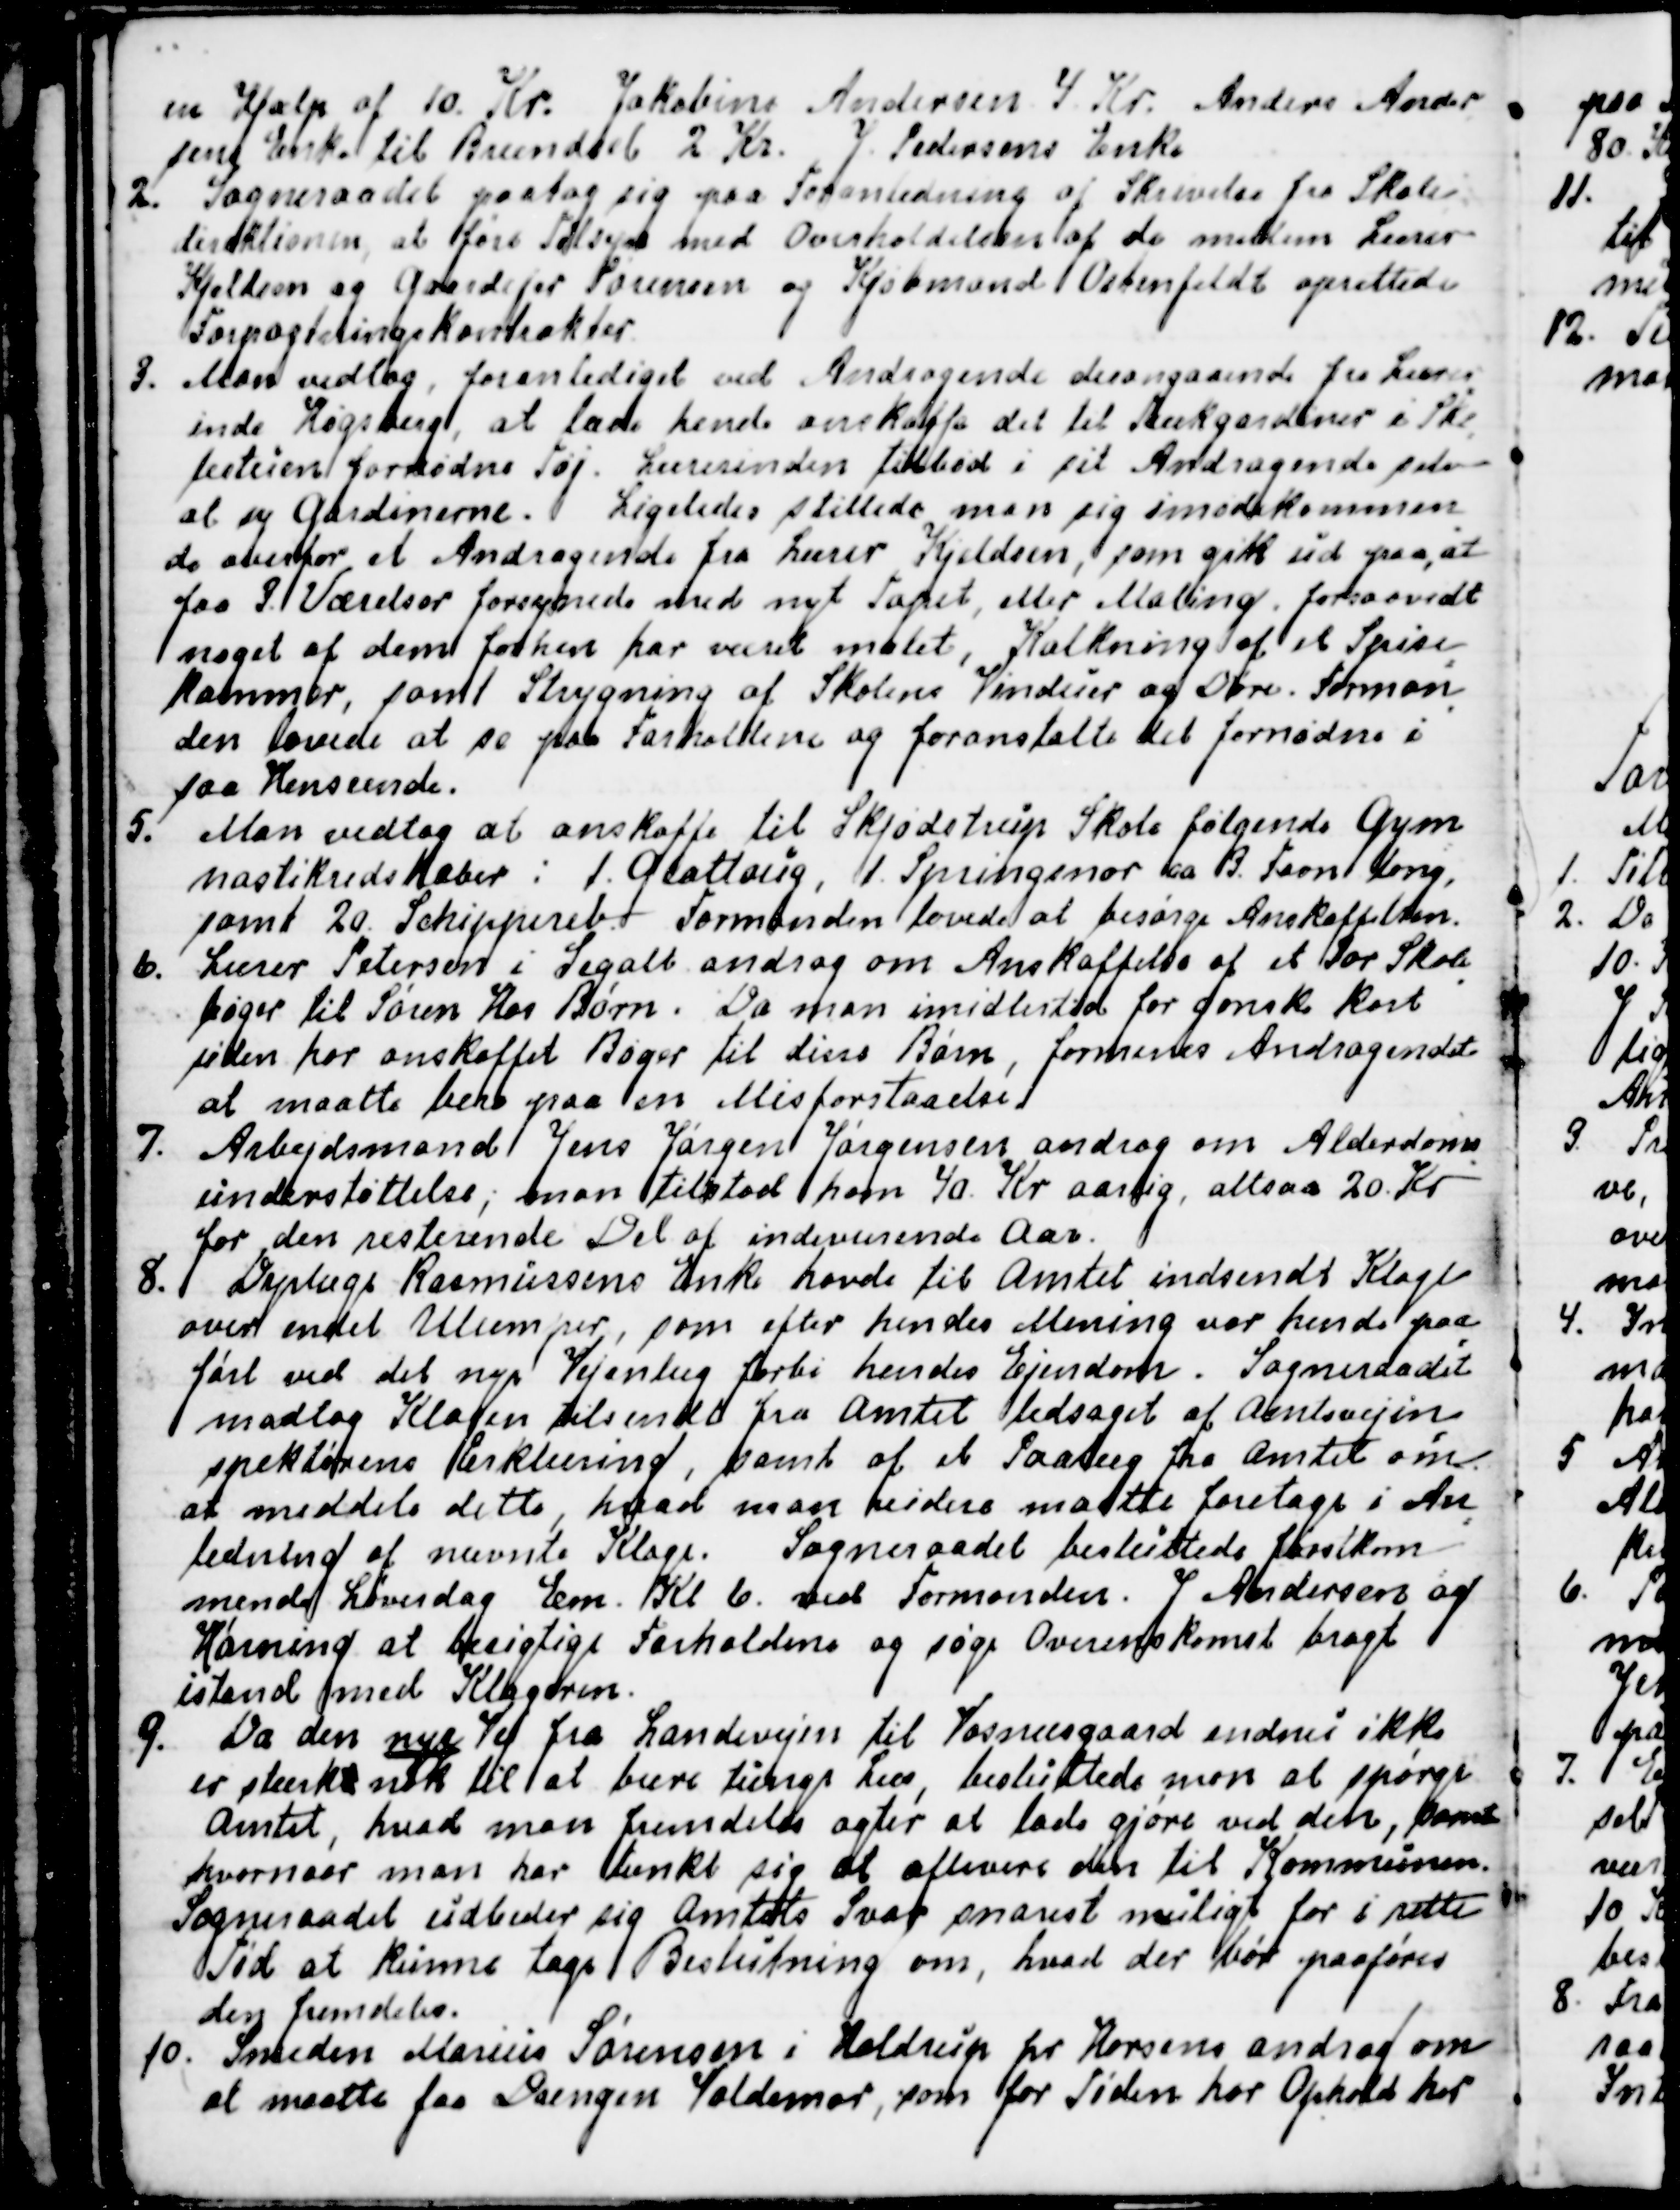
Transskription:
en Hjælp af 10. Kr. Jakobine Andersen 4. Kr. Anders Ander
-
sens Enke til Brændsel 2 Kr. J. Pedersens Enke
2. Sogneraadet paatog sig paa Foranledning af Skrivelse fra Skole
-
direktionen, at føre Tilsyn med Overholdelsen af de mellem Lærer
Kjeldsen og Gaardejer Sørensen og Kjøbmand Ostenfeldt oprettede
Forpagtningskontrakter.
3. Man vedtog, foranlediget ved Andragende desangaaende fra Lærer
-
inde Høgsberg, at lade hende anskaffe det til Trækgardiner i Sko
-
lestuen fornødne Tøj. Lærerinden tilbød i sit Andragende selv
at sy Gardinerne. Ligeledes stillede man sig imødekommen
-
de overfor et Andragende fra Lærer Kjeldsen, som gik ud paa, at
faa 3 Værelser forsynede med nyt Tapet, eller Maling, forsaavidt
noget af dem forhen har været malet, Kalkning af et Spise
=
kammer, samt Strygning af Skolens Vinduer og Døre. Forman
-
den lovede at se paa Forholdene og foranstalte det fornødne i
saa Henseende.
5. Man vedtog at anskaffe til Skjødstrup Skole følgende Gym
=
nastikredskaber : 1 Glattoug, 1 Springsnor ca 3. Favn lang,
samt 20 Schippereb. Formanden lovede at besørge Anskaffelsen.
6. Lærer Petersen i Segalt androg om Anskaffelse af et Par Skole
-
bøger til Søren Hos Børn. Da man imidlertid for ganske kort
siden har anskaffet Bøger til disse Børn, formenes Andragendet
at maatte bero paa en Misforstaaelse.
7. Arbejdsmand Jens Jørgen Jørgensen androg om Alderdoms
-
understøttelse; man tilstod ham 40. Kr. aarlig altsaa 20. Kr
for den resterende Del af indeværende Aar.
8. Dyrlæge Rasmussens Enke havde til Amtet indsendt Klage
over endel Ulemper, som efter hendes Mening var hende paa
=
ført ved det nye Vejanlæg forbi hendes Ejendom. Sogneraadet
modtog Klagen tilsendt fra Amtet ledsaget af Amtsvejin
=
spektørens Erklæring, samt af et Paalæg fra Amtet om
at meddele dette, hvad man videre maatte foretage i An
=
ledning af nævnte Klage. Sogneraadet besluttede førstkom
=
mende Løverdag Em. Kl 6. ved Formanden. J Andersen og
Hørning at besigtige Forholdene og søge Overenskomst bragt
istand med Klageren.
9.
Da den nye Vej fra Landevejen til Vosnæsgaard endnu ikke
er stærkt nok til at bære tunge Læs, besluttede man at spørge
Amtet, hvad man fremdeles agter at lade gjøre ved den, samt
hvornaar man har tænkt sig at aflevere den til Kommunen.
Sogneraadet udbeder sig Amtets Svar snarest muligt for i rette
Tid at kunne tage Beslutning om, hvad der bør paaføres
den fremdeles.
10. Smeden Marius Sørensen i Haldrup pr. Horsens androg om
at maatte faa Drengen Valdemar, som for Tiden har Ophold her